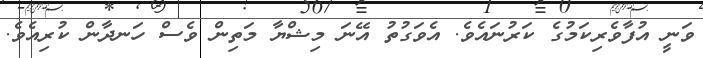
ވަނީ އުފާވެރިކަމުގެ ކަރުނައެވެ. އެވަގުތު އޭނަ މިޝްޔާ މަތިން ވެސް ހަނދާން ކުރިއެވެ.